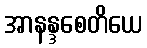
အာနန္ဒစေတိယေ